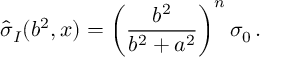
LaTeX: { \hat { \sigma } } _ { I } ( b ^ { 2 } , x ) = \left( \frac { b ^ { 2 } } { b ^ { 2 } + a ^ { 2 } } \right) ^ { n } \sigma _ { 0 } \, .